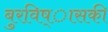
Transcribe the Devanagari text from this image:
बुरविष्ासकी